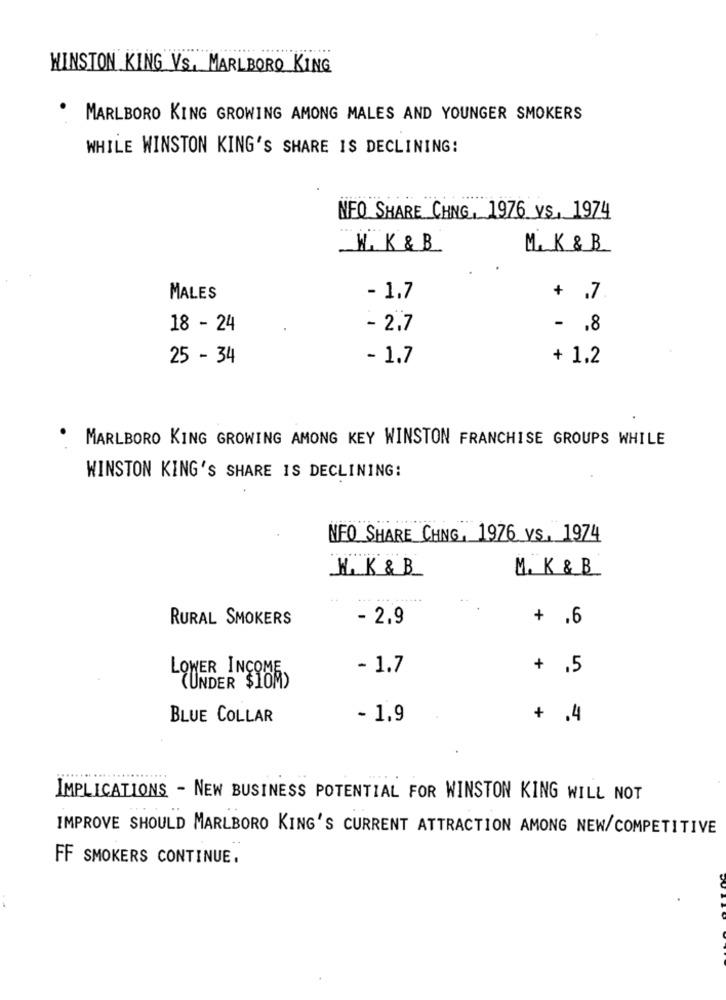
WINSTON KING VS. MARLBORO KING
MARLBORO KING GROWING AMONG MALES AND YOUNGER SMOKERS
WHILE WINSTON KING'S SHARE IS DECLINING:
NEO SHARE CHNG, 1976 VS, 1974
...
W. K & B
Me K & B
MALES
- 1.7
+ .7
18 - 24
- 2.7
- . 8
25 - 34
- 1.7
+ 1.2
MARLBORO KING GROWING AMONG KEY WINSTON FRANCHISE GROUPS WHILE
WINSTON KING'S SHARE IS DECLINING:
NFO SHARE CHNG, 1976 vs, 1974
M.K & B
M. K & B
RURAL SMOKERS
- 2.9
+ .6
- 1.7
+ .5
LOWER ING
(UNDER $10M)
BLUE COLLAR
- 1,9
+ .4
IMPLICATIONS - NEW BUSINESS POTENTIAL FOR WINSTON KING WILL NOT
IMPROVE SHOULD MARLBORO KING'S CURRENT ATTRACTION AMONG NEW/COMPETITIVE
FF SMOKERS CONTINUE.